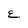
Character: E